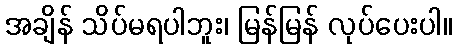
အချိန် သိပ်မရပါဘူး၊ မြန်မြန် လုပ်ပေးပါ။